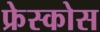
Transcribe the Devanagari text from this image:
फ्रेस्कोस